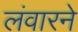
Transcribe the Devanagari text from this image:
लंवारने